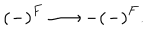
LaTeX: \left( - \right) ^ { F } \longrightarrow - \left( - \right) ^ { F } .